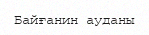
Байғанин ауданы